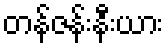
တန်ဇန်းနီးယား